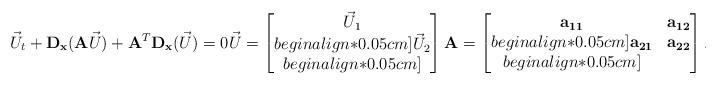
LaTeX: \begin{align*} \vec U_t+{\bf D_x} ({\bf A} \vec U)+{\bf A}^T {\bf D_x} (\vec U) =0 \vec U= \begin{bmatrix} \vec U_1 \\begin{align*}0.05cm] \vec U_2 \\begin{align*}0.05cm] \end{bmatrix} {\bf A} = \begin{bmatrix} {\bf a_{11}} & {\bf a_{12}} \\begin{align*}0.05cm] {\bf a_{21}} & {\bf a_{22}}\\begin{align*}0.05cm] \end{bmatrix}.\end{align*}